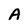
Character: A